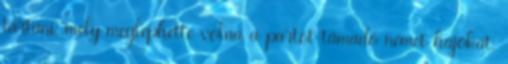
tartani, mely meglephette volna a partot támadó német hajókat.